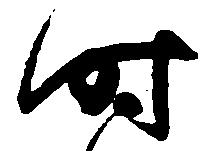
時